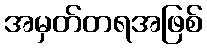
အမှတ်တရအဖြစ်